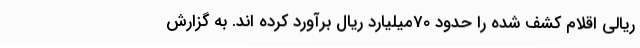
ریالی اقلام کشف شده را حدود 70میلیارد ریال برآورد کرده اند. به گزارش